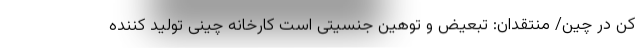
کن در چین/ منتقدان: تبعیض و توهین جنسیتی است کارخانه چینی تولید کننده